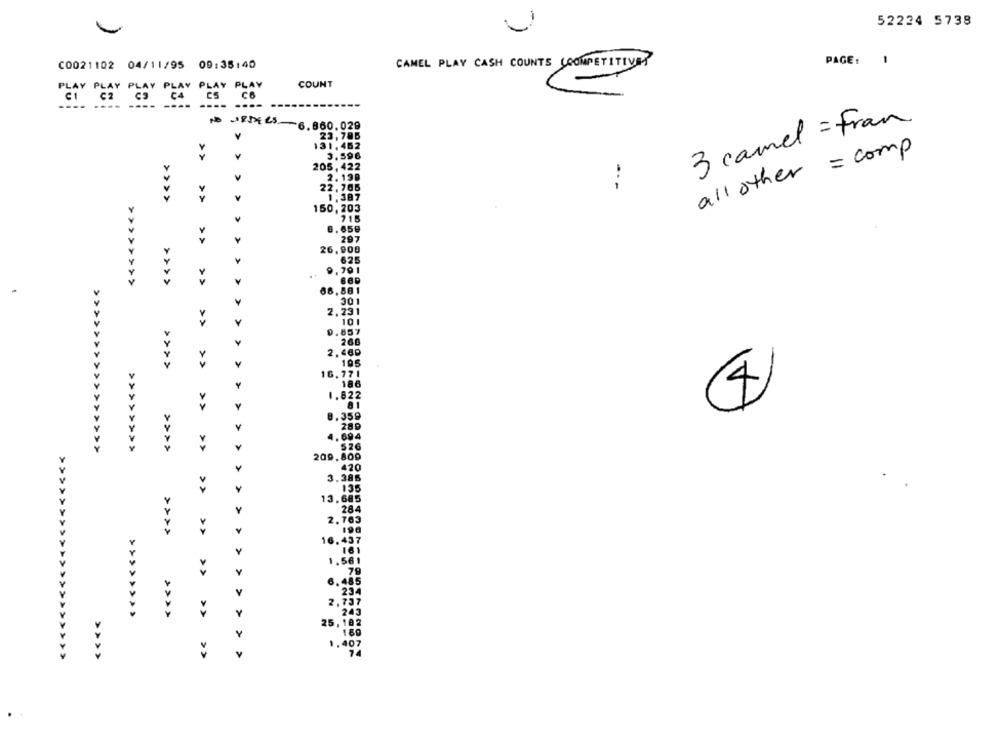
52224 5738
PAGE :
-
C0021102 04/11/95 09:35:40
CAMEL PLAY CASH COUNTS COMPETITIVE
PLAY PLI
COUNT
PLAY PLAY PLA
----
3 camel = Fran
B JC-6.860.029
23,785
131,462
all other = comp
3.596
205, 422
2.199
22, 705
-.-
<<<<<<<<
>> >>
1,387
150, 203
297
>>
>
26,900
625
9.791
<<<<<<<<<<<<<<<<
>>>>
¥
66,881
301
2,231
>>
Y
10
0.857
260
2,460
195
16. 771
186
1.822
4
>
8.359
Y
289
4. 694
Y
526
>>>>
209.809
420
>
3.386
Y
135
13.685
Y
284
2.763
>>>>
>>
190
16.437
Y
161
1.561
79
6.485
234
2,737
>>
Y
25,182
Y
74
>>>>